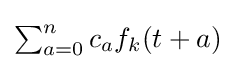
\textstyle \sum _{a=0}^{n}c_{a}f_{k}(t+a)